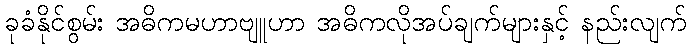
ခုခံနိုင်စွမ်း အဓိကမဟာဗျူဟာ အဓိကလိုအပ်ချက်များနှင့် နည်းလျက်